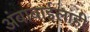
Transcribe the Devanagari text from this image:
अंबाबाईलाही